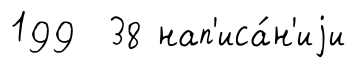
199 38 нап'иса́н'иjи